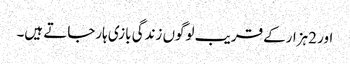
اور 2ہزارکے قریب لوگوں زندگی بازی ہارجاتے ہیں۔